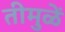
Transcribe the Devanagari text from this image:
तीमुळें